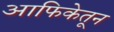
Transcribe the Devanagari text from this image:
आफिकेतून